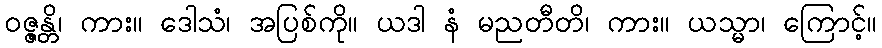
ဝဇ္ဇန္တိ၊ ကား။ ဒေါသံ၊ အပြစ်ကို။ ယဒါ နံ မညတီတိ၊ ကား။ ယသ္မာ၊ ကြောင့်။